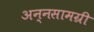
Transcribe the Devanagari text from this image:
अन्नसामग्री